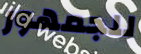
للجمهور